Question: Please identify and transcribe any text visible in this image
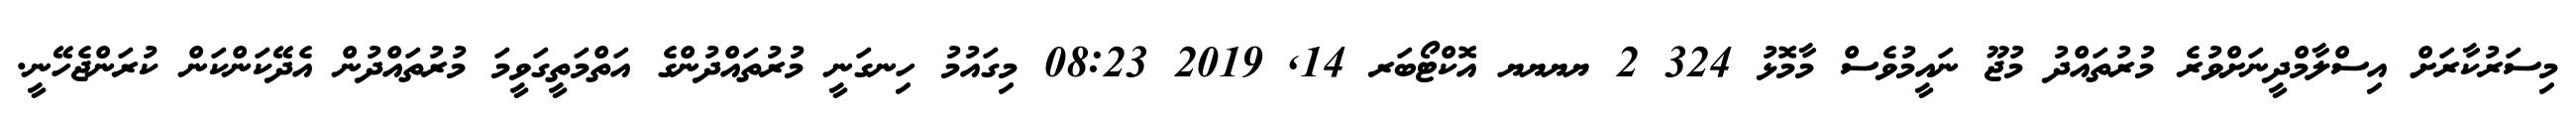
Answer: މިސަރުކާރަށް އިސްލާމްދީނަށްވުރެ މުރުތައްދު މުޖޫ ނައީމުވެސް މާމޮޅު 324 2 ޔޔޔޔ އޮކްޓޯބަރ 14, 2019 08:23 މިގައުމު ހިނގަނީ މުރުތައްދުންގެ އަތްމަތީގަވީމަ މުރުތައްދުން އެދޭކަންކަން ކުރަންޖެހޭނީ.